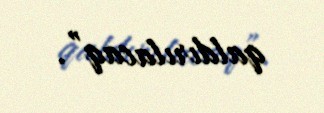
qaldırılacaq”.